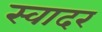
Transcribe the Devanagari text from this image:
स्वादर